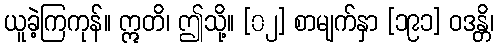
ယူခဲ့ကြကုန်။ ဣတိ၊ ဤသို့။ [၀၂] စာမျက်နှာ [၁၉၁] ဝဒန္တိ၊